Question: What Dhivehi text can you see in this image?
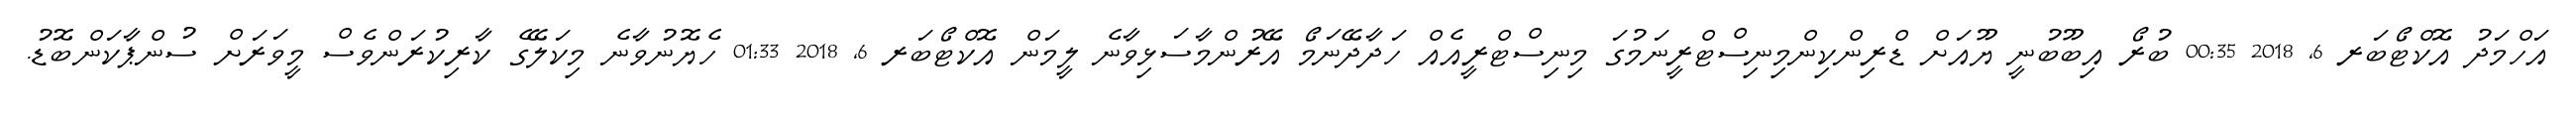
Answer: އަހްމަދު އޮކްޓޯބަރ 6, 2018 00:35 ބުރޯ އިބޫބުނީ ޔޫއަށް ޑްރިންކިންމިނިސްޓްރީނަމުގަ މިނިސްޓްރީއެއް ހަދާދޭނަމޯ އޭރުންމާސަޅިވާނެ ލީމަން އޮކްޓޯބަރ 6, 2018 01:33 ހެޔޮނުވާނެ މިކަލޭގެ ކާރިކުރަންވެސް މީވަރަށް ސުންޕާކަންބޮޑު.